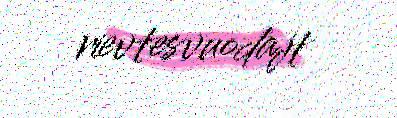
rievtesvuodajt